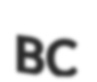
BC